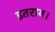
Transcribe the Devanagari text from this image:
इतराय।